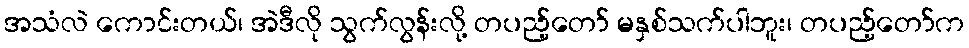
အသံလဲ ကောင်းတယ်၊ အဲဒီလို သွက်လွန်းလို့ တပည့်တော် မနှစ်သက်ပါဘူး၊ တပည့်တော်က